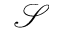
\mathcal { S }